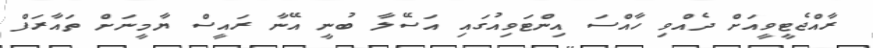
ރާއްޖެޓީވީއަށް ދެއްވި ހާއްސަ އިންޓަވިއުގައި އަސޭލާ ބުނީ އޭނާ ރައީސް ޔާމީނަށް ތައާރަފް